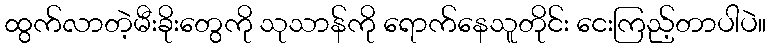
ထွက်လာတဲ့မီးခိုးတွေကို သုသာန်ကို ရောက်နေသူတိုင်း ငေးကြည့်တာပါပဲ။